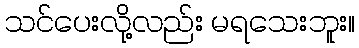
သင်ပေးလို့လည်း မရသေးဘူး။